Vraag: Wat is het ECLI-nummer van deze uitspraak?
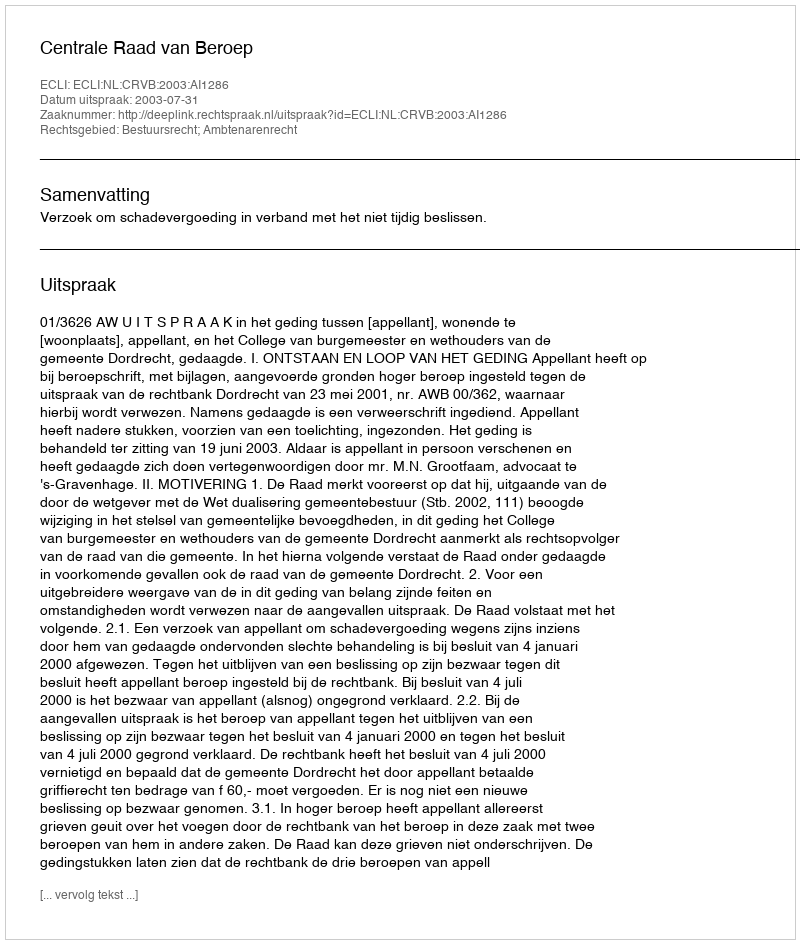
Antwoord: ECLI:NL:CRVB:2003:AI1286